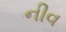
નીવ